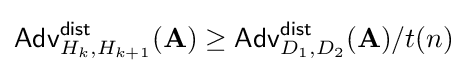
{\mathsf {Adv}}_{H_{k},H_{k+1}}^{\mathsf {dist}}(\mathbf {A} )\geq {\mathsf {Adv}}_{D_{1},D_{2}}^{\mathsf {dist}}(\mathbf {A} )/t(n)